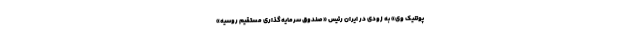
پوتنیک وی» به زودی در ایران رئیس «صندوق سرمایه‌گذاری مستقیم روسیه»